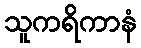
သူကရိကာနံ